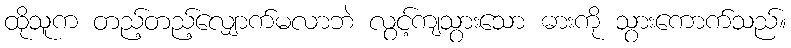
ထိုသူက တည့်တည့်လျှောက်မလာဘဲ လွင့်ကျသွားသော ဓားကို သွားကောက်သည်။